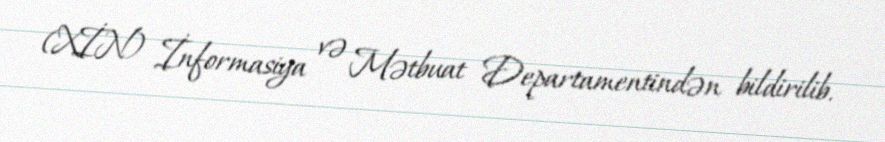
(XİN) İnformasiya və Mətbuat Departamentindən bildirilib.